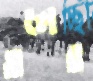
তলের